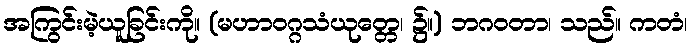
အကြွင်းမဲ့ယူခြင်းကို။ (မဟာဝဂ္ဂသံယုတ္တေ၊ ၌။) ဘဂဝတာ၊ သည်။ ကတံ၊